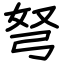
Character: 弩